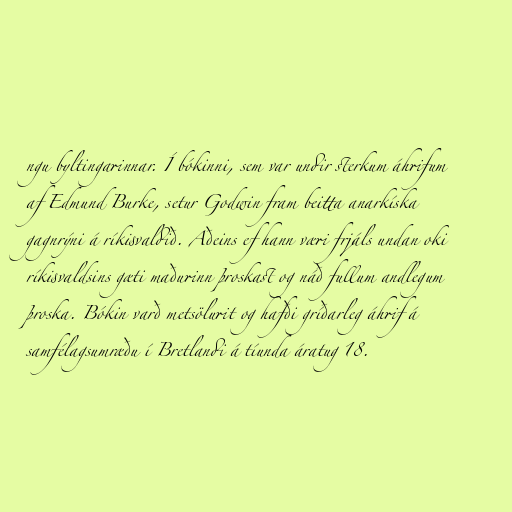
ngu byltingarinnar. Í bókinni, sem var undir sterkum áhrifum
af Edmund Burke, setur Godwin fram beitta anarkíska
gagnrýni á ríkisvaldið. Aðeins ef hann væri frjáls undan oki
ríkisvaldsins gæti maðurinn þroskast og náð fullum andlegum
þroska. Bókin varð metsölurit og hafði gríðarleg áhrif á
samfélagsumræðu í Bretlandi á tíunda áratug 18.